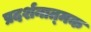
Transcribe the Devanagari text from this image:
प्रदर्शनात्‍मक